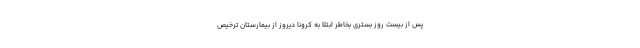
پس از بیست روز بستری بخاطر ابتلا به کرونا دیروز از بیمارستان ترخیص